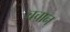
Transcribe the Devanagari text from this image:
चचान